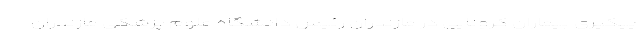
پیگیری بیماران کرونایی در مازندران رئیس دانشگاه علوم پزشکی مازندران